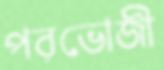
পরভোজী